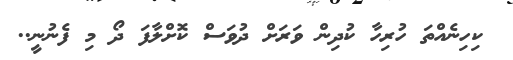
ކިހިނެއްތަ ހުރިހާ ކުދިން ވަރަށް ދުވަސް ކޮށްލާފަ ދޯ މި ފެނުނީ..